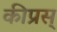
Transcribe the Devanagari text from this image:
कीप्रस्